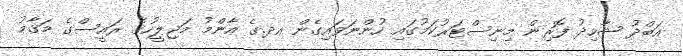
އަބްދު ޝާހިދު ފޮރިން މިނިސްޓަރުކަމުގައި ހުންނަވައިގެން އދ.ގެ އާންމު މަޖިލީހުގެ ރައީސްގެ މަގާމު